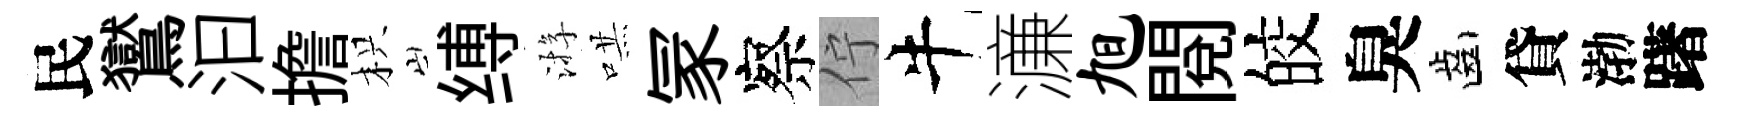
民鸑汩擔枳缚㳺哄冡察佇牛濓旭閲皎臭齒貸渤躇